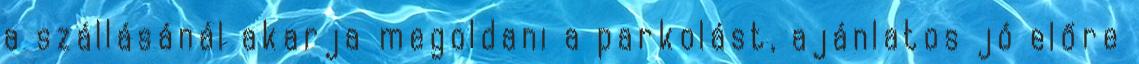
a szállásánál akarja megoldani a parkolást, ajánlatos jó előre